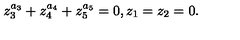
z _ { 3 } ^ { a _ { 3 } } + z _ { 4 } ^ { a _ { 4 } } + z _ { 5 } ^ { a _ { 5 } } = 0 , z _ { 1 } = z _ { 2 } = 0 .